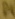
Text: D4